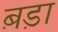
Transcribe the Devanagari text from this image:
ब़ड़ा